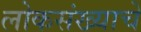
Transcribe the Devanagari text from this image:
लोकसंख्याचे